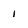
Character: l